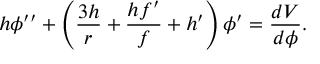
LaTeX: h \phi ^ { \prime \prime } + \left( \frac { 3 h } { r } + \frac { h f ^ { \prime } } { f } + h ^ { \prime } \right) \phi ^ { \prime } = \frac { d V } { d \phi } .